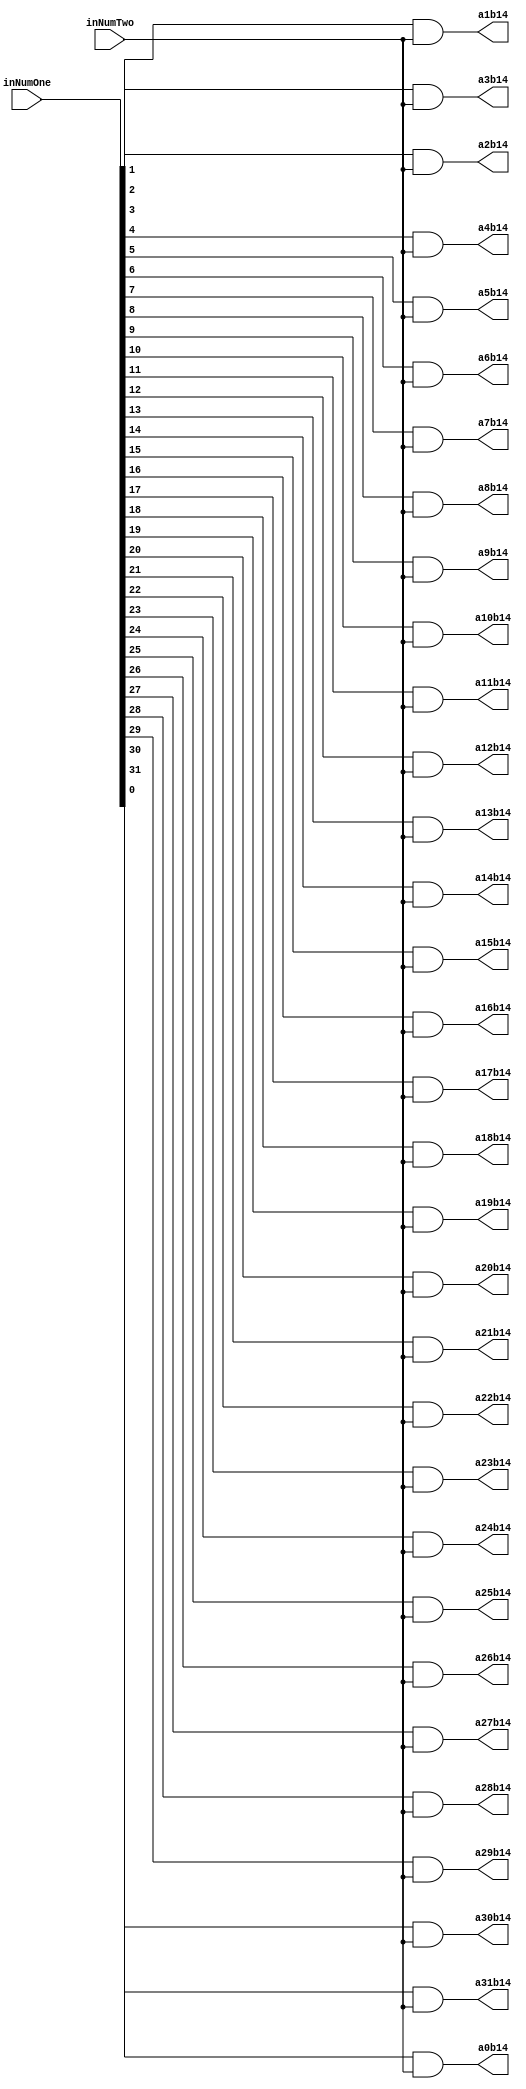
`timescale 1ns / 1ps

module PartialProductRow14(inNumOne,inNumTwo,a0b14,a1b14,a2b14,a3b14,a4b14,a5b14,a6b14,a7b14,a8b14,a9b14,a10b14,a11b14,a12b14,a13b14,a14b14,a15b14,a16b14,a17b14,a18b14,a19b14,a20b14,a21b14,a22b14,a23b14,a24b14,a25b14,a26b14,a27b14,a28b14,a29b14,a30b14,a31b14);
input [31:0] inNumOne;
input inNumTwo;
output reg a0b14,a1b14,a2b14,a3b14,a4b14,a5b14,a6b14,a7b14,a8b14,a9b14,a10b14,a11b14,a12b14,a13b14,a14b14,a15b14,a16b14,a17b14,a18b14,a19b14,a20b14,a21b14,a22b14,a23b14,a24b14,a25b14,a26b14,a27b14,a28b14,a29b14,a30b14,a31b14;

always@(inNumOne,inNumTwo)begin
	a0b14 <= inNumOne[0] & inNumTwo;
	a1b14 <= inNumOne[1] & inNumTwo;
	a2b14 <= inNumOne[2] & inNumTwo;
	a3b14 <= inNumOne[3] & inNumTwo;
	a4b14 <= inNumOne[4] & inNumTwo;
	a5b14 <= inNumOne[5] & inNumTwo;
	a6b14 <= inNumOne[6] & inNumTwo;
	a7b14 <= inNumOne[7] & inNumTwo;
	a8b14 <= inNumOne[8] & inNumTwo;
	a9b14 <= inNumOne[9] & inNumTwo;
	a10b14 <= inNumOne[10] & inNumTwo;
	a11b14 <= inNumOne[11] & inNumTwo;
	a12b14 <= inNumOne[12] & inNumTwo;
	a13b14 <= inNumOne[13] & inNumTwo;
	a14b14 <= inNumOne[14] & inNumTwo;
	a15b14 <= inNumOne[15] & inNumTwo;
	a16b14 <= inNumOne[16] & inNumTwo;
	a17b14 <= inNumOne[17] & inNumTwo;
	a18b14 <= inNumOne[18] & inNumTwo;
	a19b14 <= inNumOne[19] & inNumTwo;
	a20b14 <= inNumOne[20] & inNumTwo;
	a21b14 <= inNumOne[21] & inNumTwo;
	a22b14 <= inNumOne[22] & inNumTwo;
	a23b14 <= inNumOne[23] & inNumTwo;
	a24b14 <= inNumOne[24] & inNumTwo;
	a25b14 <= inNumOne[25] & inNumTwo;
	a26b14 <= inNumOne[26] & inNumTwo;
	a27b14 <= inNumOne[27] & inNumTwo;
	a28b14 <= inNumOne[28] & inNumTwo;
	a29b14 <= inNumOne[29] & inNumTwo;
	a30b14 <= inNumOne[30] & inNumTwo;
	a31b14 <= inNumOne[31] & inNumTwo;
end

endmodule